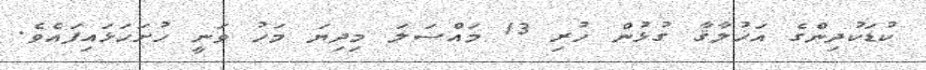
ކުޑަކުދިންގެ އަޚުލާޤާ ގުޅުން ހުރި 13 މައްސަލަ މިދިޔަ މަހު ވަނީ ހުށަހަޅައިފައެވެ.